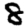
Digit: 8